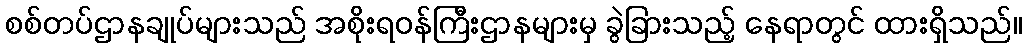
စစ်တပ်ဌာနချုပ်များသည် အစိုးရဝန်ကြီးဌာနများမှ ခွဲခြားသည့် နေရာတွင် ထားရှိသည်။